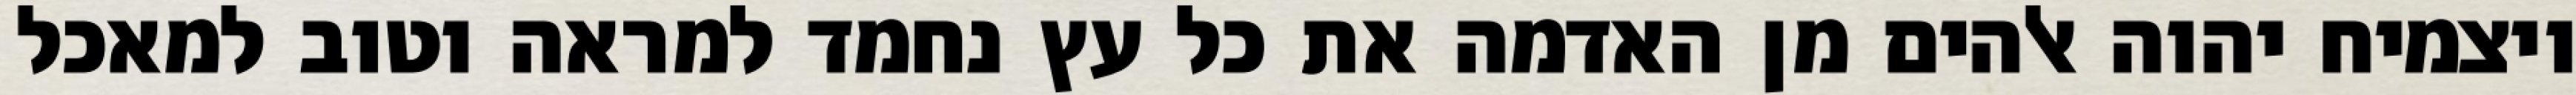
ויצמיח יהוה אלהים מן האדמה את כל עץ נחמד למראה וטוב למאכל